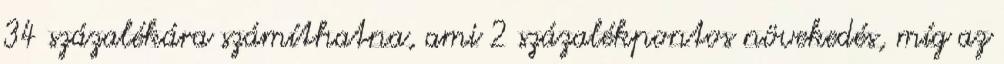
34 százalékára számíthatna, ami 2 százalékpontos növekedés, míg az